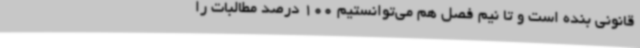
قانونی بنده است و تا نیم فصل هم‌ می‌توانستیم 100 درصد مطالبات را